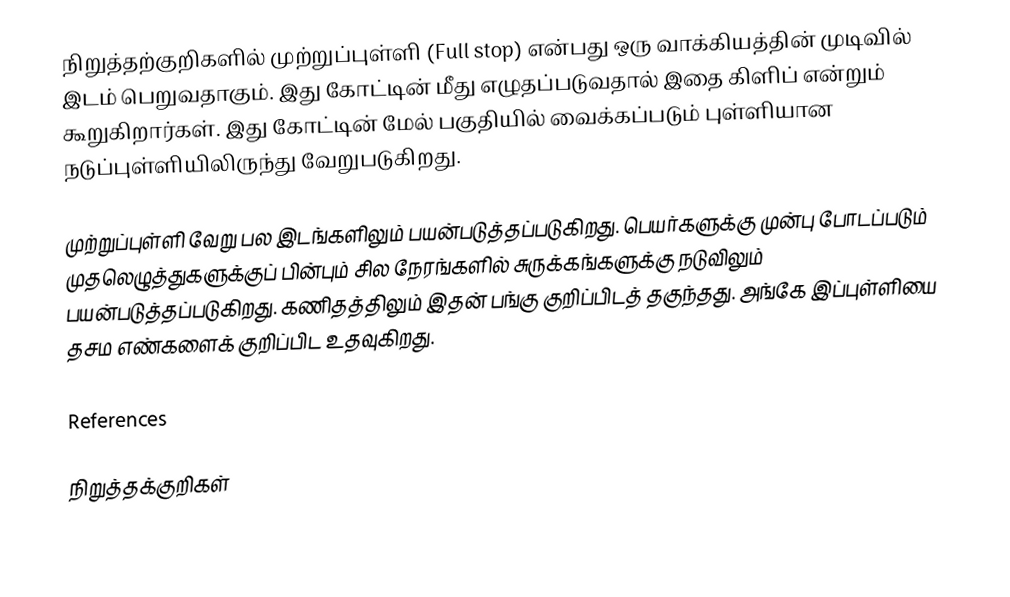
நிறுத்தற்குறிகளில் முற்றுப்புள்ளி (Full stop) என்பது ஒரு வாக்கியத்தின் முடிவில் இடம் பெறுவதாகும். இது கோட்டின் மீது எழுதப்படுவதால் இதை   கிளிப் என்றும் கூறுகிறார்கள். இது கோட்டின் மேல் பகுதியில் வைக்கப்படும் புள்ளியான நடுப்புள்ளியிலிருந்து வேறுபடுகிறது.

முற்றுப்புள்ளி வேறு பல இடங்களிலும் பயன்படுத்தப்படுகிறது. பெயர்களுக்கு முன்பு போடப்படும் முதலெழுத்துகளுக்குப் பின்பும் சில நேரங்களில் சுருக்கங்களுக்கு நடுவிலும் பயன்படுத்தப்படுகிறது. கணிதத்திலும் இதன் பங்கு குறிப்பிடத் தகுந்தது. அங்கே இப்புள்ளியை தசம எண்களைக் குறிப்பிட உதவுகிறது.

References

நிறுத்தக்குறிகள்